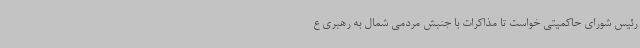
رئیس شورای حاکمیتی خواست تا مذاکرات با جنبش مردمی شمال به رهبری ع